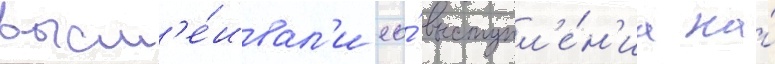
высм'е́ивал'и ео́ выступл'е́н'иа на́